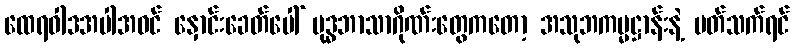
ထေရဝါဒအပါအဝင် နှောင်းခေတ်ပေါ် ဗုဒ္ဓဘာသာဂိုဏ်းတွေကတော့ အသုဘကမ္မဋ္ဌာန်းနဲ့ ပတ်သက်ရင်